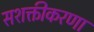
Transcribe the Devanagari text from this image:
सशक्तीकरणा